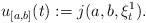
LaTeX: \begin{align*}u_{[a,b]}(t):=j(a,b,\xi^1_t). \end{align*}